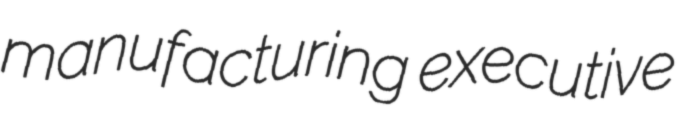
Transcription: manufacturing executive